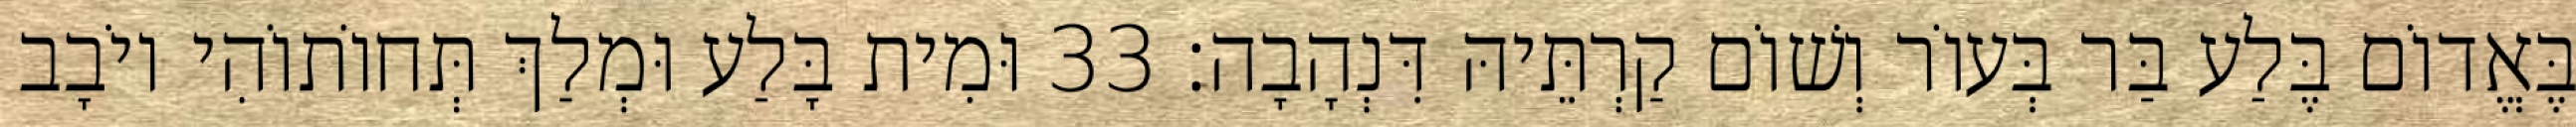
בֶּאֱדוֹם בֶּלַע בַּר בְּעוֹר וְשׁוֹם קַרְתֵּיהּ דִּנְהָבָה׃ 33 וּמִית בָּלַע וּמְלַךְ תְּחוֹתוֹהִי יוֹבָב